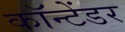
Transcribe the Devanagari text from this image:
कॉन्टेंडर